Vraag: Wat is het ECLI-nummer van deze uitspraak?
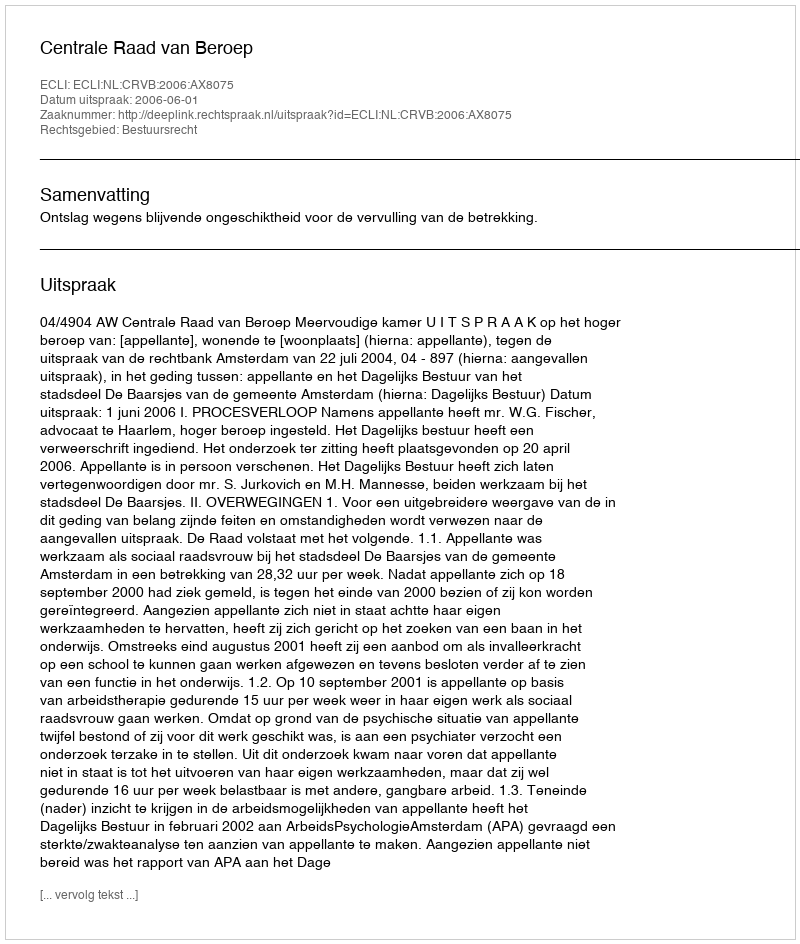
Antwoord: ECLI:NL:CRVB:2006:AX8075